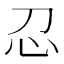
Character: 𢖫